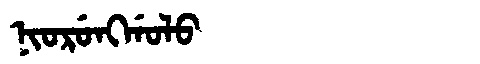
Manchu: ᠨᡳᠣᡵᡠᠩᡤᠣᠯᠣ
Romanization: NIORUNGGOLO